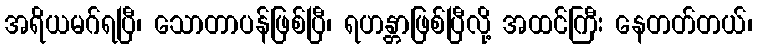
အရိယမဂ်ရပြီ၊ သောတာပန်ဖြစ်ပြီ၊ ရဟန္တာဖြစ်ပြီလို့ အထင်ကြီး နေတတ်တယ်၊